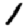
Digit: 1